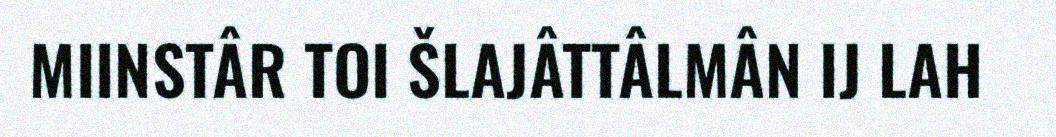
MIINSTÂR TOI ŠLAJÂTTÂLMÂN IJ LAH